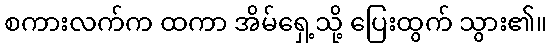
စကားလက်က ထကာ အိမ်ရှေ့သို့ ပြေးထွက် သွား၏။